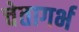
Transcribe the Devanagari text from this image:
चेतागर्भ